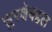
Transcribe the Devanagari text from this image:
सुरक्षेबद्दल